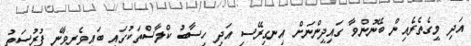
އަދި މީގެތެރެއިން ބޭނުންވާ ގައިދީންނަށް އިނގިރޭސި އަދި ހިސާބު ކްލާސްތަކުގައި ބައިވެރިވާނެ ފުރުސަތު